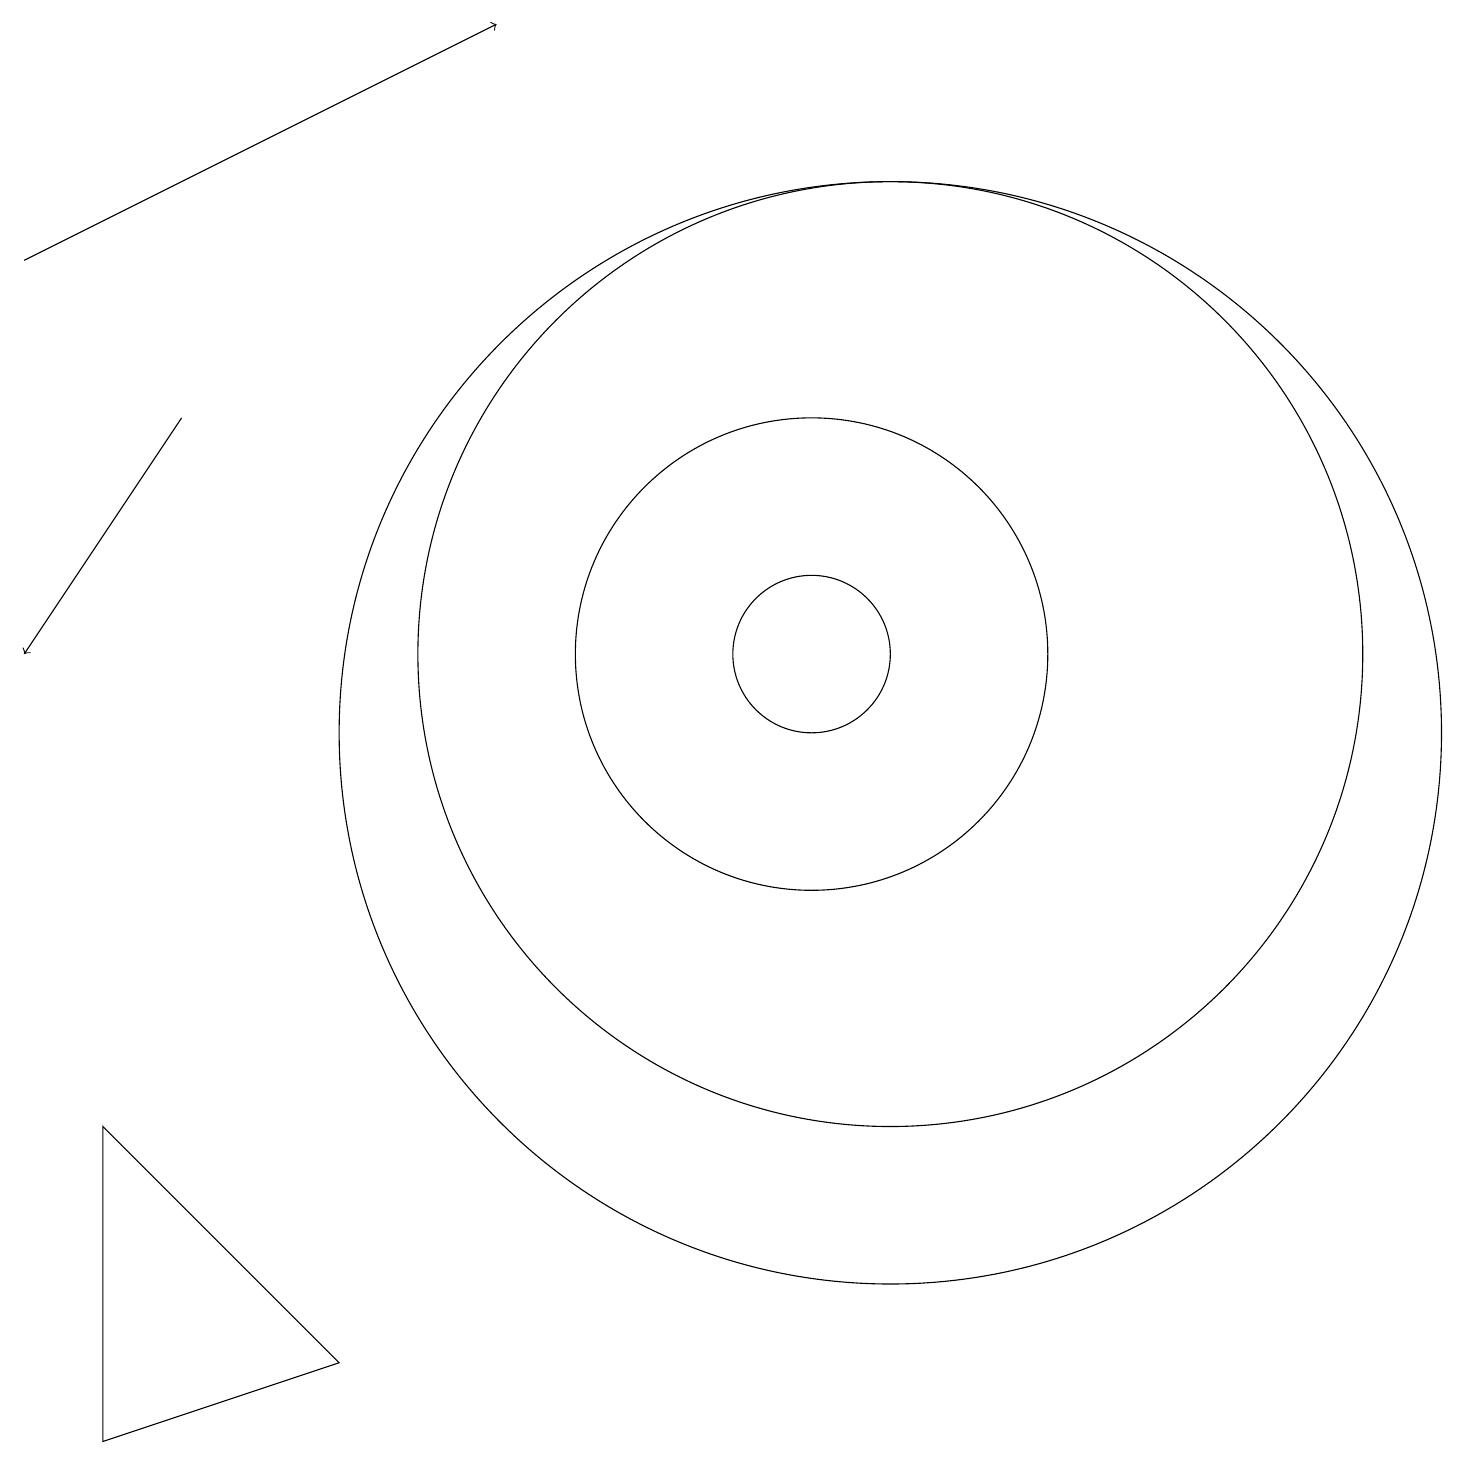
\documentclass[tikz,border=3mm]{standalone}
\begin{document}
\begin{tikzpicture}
\draw[->] (2,14) -- (0,11);
\draw (11,10) circle (7);
\draw (10,11) circle (3);
\draw (10,11) circle (1);
\draw (12,10) circle (0);
\draw (11,11) circle (6);
\draw[->] (0,16) -- (6,19);
\draw (4,2) -- (1,1) -- (1,5) -- cycle;
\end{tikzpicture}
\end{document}